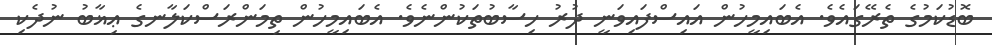
ބޮޑުކަމުގެ ތެރޭގައެވެ. އެބައިމީހުން އައިސްފައިވަނީ ދުރު ހިސާބުތަކުންނެވެ. އެބައިމީހުން ތިމަންރަސްކަލާނގެ ޢިޣާބު ނުދެކި